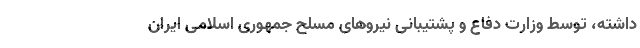
داشته، توسط وزارت دفاع و پشتیبانی نیروهای مسلح جمهوری اسلامی ایران